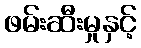
ဖမ်းဆီးမှုနှင့်